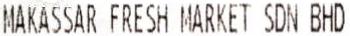
MAKASSAR FRESH MARKET SDN BHD